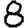
Digit: 8